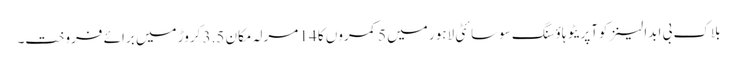
بلاک بی ابدالینزکوآپریٹو ہاؤسنگ سوسائٹی لاہور میں 5 کمروں کا 14 مرلہ مکان 3.5 کروڑ میں برائے فروخت۔